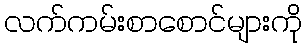
လက်ကမ်းစာစောင်များကို